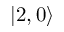
\left| 2 , 0 \right\rangle